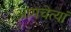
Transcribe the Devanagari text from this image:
आमचेत्यां